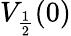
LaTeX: V_{\frac{1}{2}}(0)